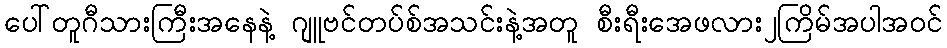
ပေါ်တူဂီသားကြီးအနေနဲ့ ဂျူဗင်တပ်စ်အသင်းနဲ့အတူ စီးရီးအေဖလား၂ကြိမ်အပါအဝင်